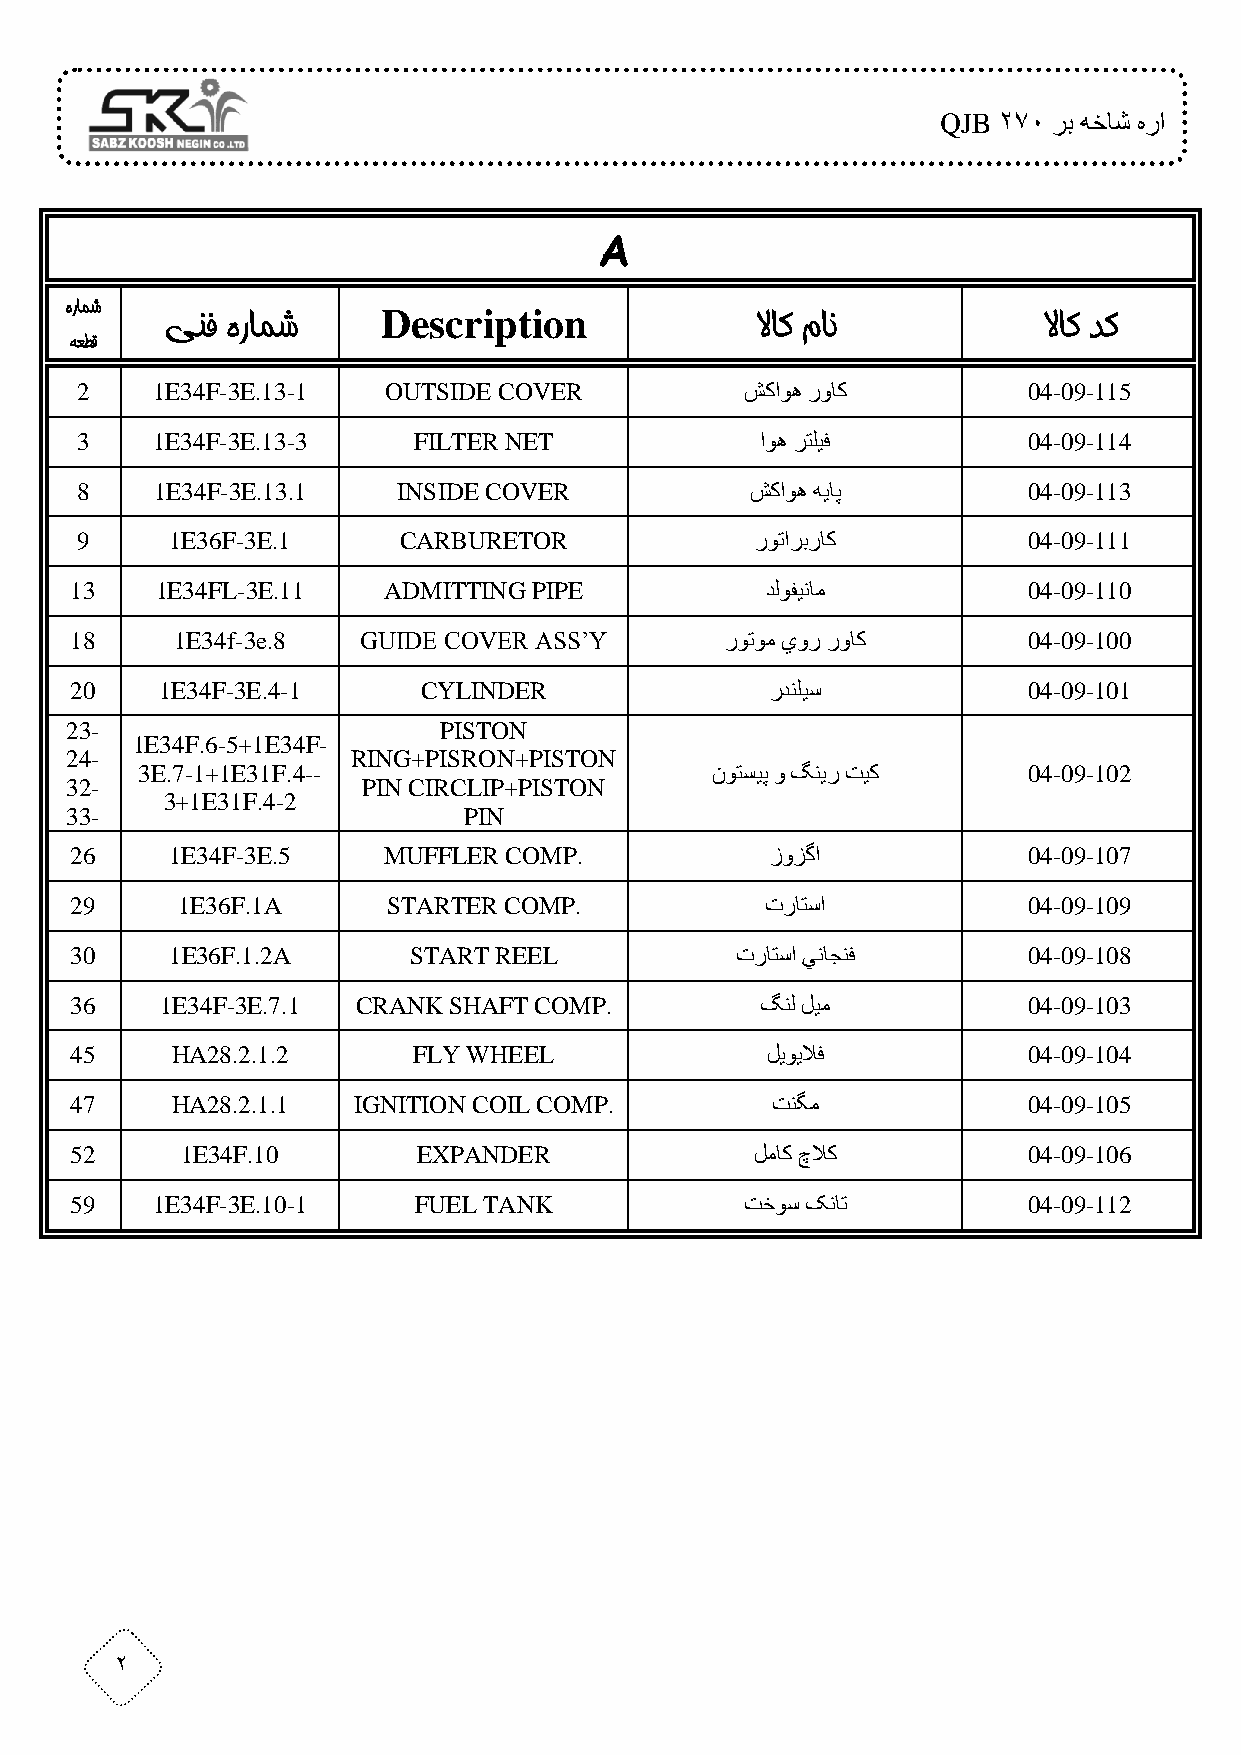
QJB 270 رب هخاش هرا
 A
 هرامش                Description
 ینف هرامش                              لااک مان           لااک دک
 هعطق
 2    1E34F-3E.13-1  OUTSIDE COVER           شکاوه رواک         04-09-115
 3    1E34F-3E.13-3    FILTER NET             اوه رتليف         04-09-114
 8    1E34F-3E.13.1   INSIDE COVER            شکاوه هياپ        04-09-113
 9     1E36F-3E.1     CARBURETOR              روتاربراک         04-09-111
 13   1E34FL-3E.11   ADMITTING PIPE            دلوفينام         04-09-110
 18     1E34f-3e.8  GUIDE COVER ASS’Y       روتوم يور رواک      04-09-100
 20    1E34F-3E.4-1     CYLINDER               ردنليس           04-09-101
 23-                      PISTON
 1E34F.6-5+1E34F-
 24-                RING+PISRON+PISTON
 3E.7-1+1E31F.4--                      نوتسيپ و گنير تيک    04-09-102
 32-                 PIN CIRCLIP+PISTON
 3+1E31F.4-2
 33-                        PIN
 26    1E34F-3E.5    MUFFLER COMP.             زوزگا            04-09-107
 29     1E36F.1A      STARTER COMP.            تراتسا           04-09-109
 30    1E36F.1.2A      START REEL            تراتسا يناجنف      04-09-108
 36    1E34F-3E.7.1 CRANK SHAFT COMP.         گنل ليم           04-09-103
 45    HA28.2.1.2      FLY WHEEL               ليويلاف          04-09-104
 47    HA28.2.1.1  IGNITION COIL COMP.         تنگم             04-09-105
 52     1E34F.10        EXPANDER              لماک چلاک         04-09-106
 59   1E34F-3E.10-1    FUEL TANK             تخوس کنات          04-09-112
 2